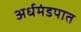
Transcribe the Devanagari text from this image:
अर्धमंडपात